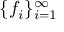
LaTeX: \{ f _ { i } \} _ { i = 1 } ^ { \infty }